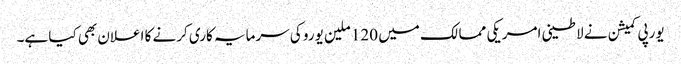
یورپی کمیشن نے لاطینی امریکی ممالک میں 120 ملین یورو کی سرمایہ کاری کرنے کا اعلان بھی کیا ہے۔